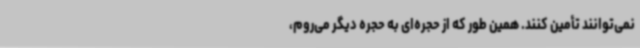
نمی‌توانند تأمین کنند. همین طور که از حجره‌ای به حجره دیگر می‌روم،